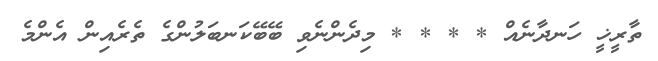
ތާރީޚީ ހަނދާނެއް * * * * މިދެންނެވި ބޭބޭކަނބަލުންގެ ތެރެއިން އެންމެ